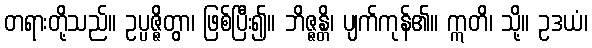
တရားတို့သည်။ ဥပ္ပဇ္ဇိတွာ၊ ဖြစ်ပြီး၍။ ဘိဇ္ဇန္တိ၊ ပျက်ကုန်၏။ ဣတိ၊ သို့။ ဥဒယံ၊